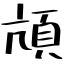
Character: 頏